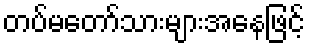
တပ်မတော်သားများအနေဖြင့်